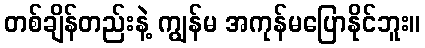
တစ်ချိန်တည်းနဲ့ ကျွန်မ အကုန်မပြောနိုင်ဘူး။